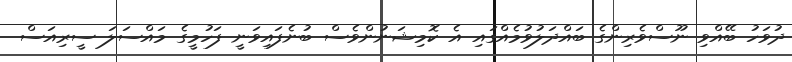
ދުވަހު ބޭއްވި ނޫސްވެރިންގެ ބައްދަލުވުމެއްގައި އެ ކޮމިޝަނުންވެސް ބުނެފައިވަނީ ފަހުމީގެ މައްސަލަ ސީރިއަސް